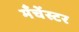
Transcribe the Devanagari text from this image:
मँचेंस्टर